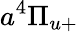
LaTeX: a^{4}\Pi_{u+}